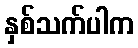
နှစ်သက်ပါက